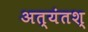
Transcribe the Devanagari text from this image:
अत्यंतश्